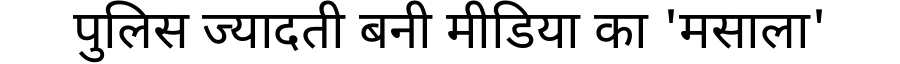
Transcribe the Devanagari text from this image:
पुलिस ज्यादती बनी मीडिया का 'मसाला'